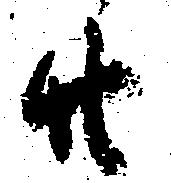
廿